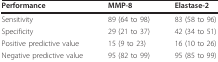
| Performance | MMP-8 | Elastase-2 |
 | --- | --- | --- |
 | Sensitivity | 89 (64 to 98) | 83 (58 to 96) |
 | Specificity | 29 (21 to 37) | 42 (34 to 51) |
 | Positive predictive value | 15 (9 to 23) | 16 (10 to 26) |
 | Negative predictive value | 95 (82 to 99) | 95 (85 to 99) |